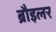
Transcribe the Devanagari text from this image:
ब्रौइलर